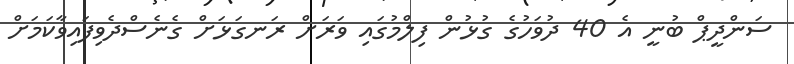
ސަންދީޕް ބުނީ އެ 40 ދުވަހުގެ ގުޅުން ފިލްމުގައި ވަރަށް ރަނގަޅަށް ގެނެސްދެވިފައިވާކަމަށް